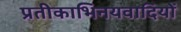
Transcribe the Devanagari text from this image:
प्रतीकाभिनयवादियों